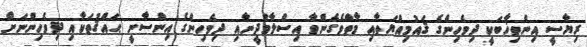
ރިޔާސީ އިންތިޚާބަކީ ދިވެހިންގެ ޤައުމިއްޔަތާއި މާތްވެގެންވާ އިސްލާމްދީނާއި ދިވެހިންގެ އިންސާނީ ޙައްޤުތަކާއި ދިވެހިންނަށް